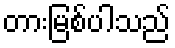
တားမြစ်ပါသည်